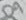
Text: D9